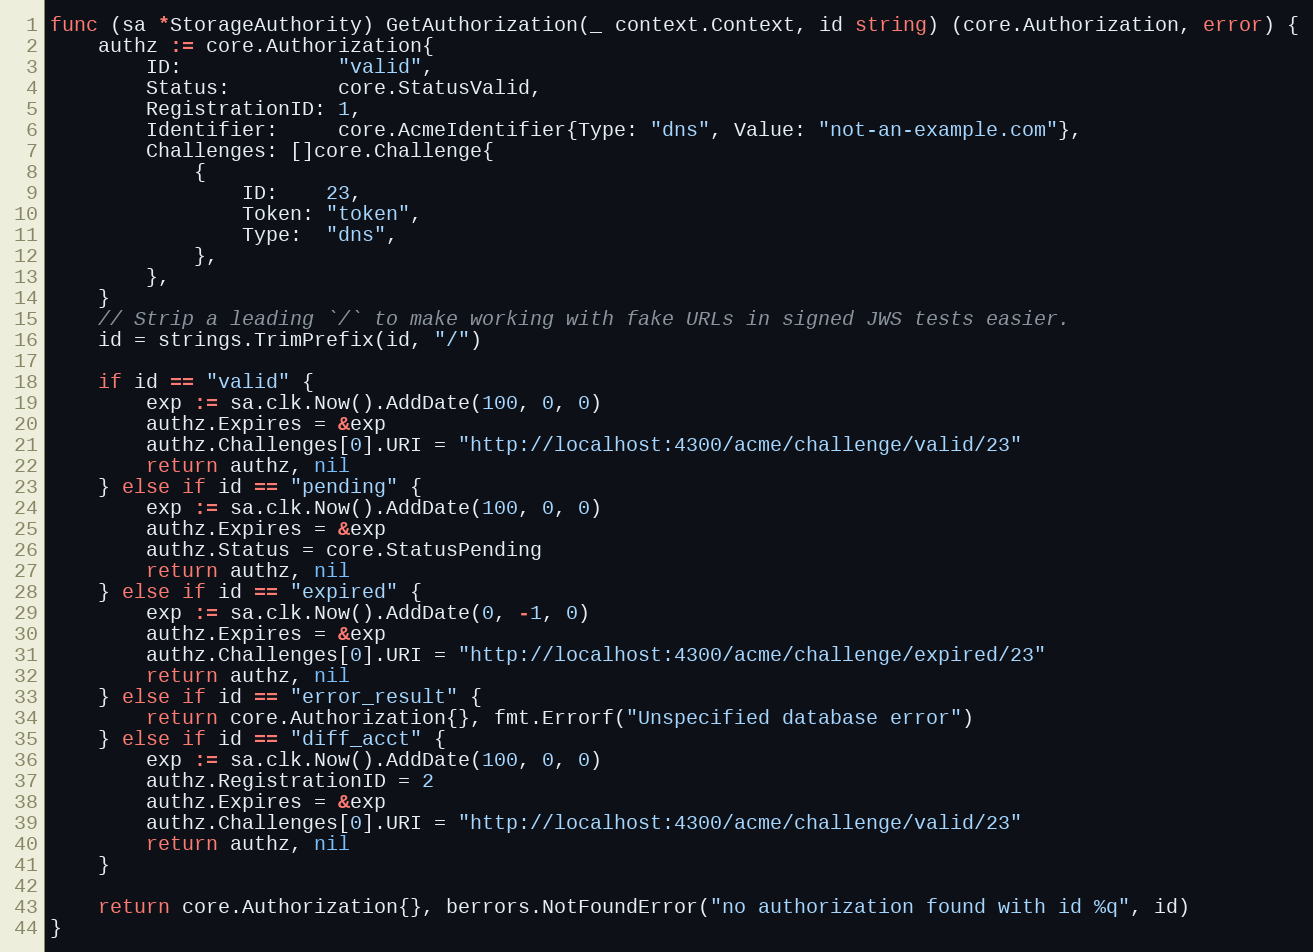
Language: Go
func (sa *StorageAuthority) GetAuthorization(_ context.Context, id string) (core.Authorization, error) {
	authz := core.Authorization{
		ID:             "valid",
		Status:         core.StatusValid,
		RegistrationID: 1,
		Identifier:     core.AcmeIdentifier{Type: "dns", Value: "not-an-example.com"},
		Challenges: []core.Challenge{
			{
				ID:    23,
				Token: "token",
				Type:  "dns",
			},
		},
	}
	// Strip a leading `/` to make working with fake URLs in signed JWS tests easier.
	id = strings.TrimPrefix(id, "/")

	if id == "valid" {
		exp := sa.clk.Now().AddDate(100, 0, 0)
		authz.Expires = &exp
		authz.Challenges[0].URI = "http://localhost:4300/acme/challenge/valid/23"
		return authz, nil
	} else if id == "pending" {
		exp := sa.clk.Now().AddDate(100, 0, 0)
		authz.Expires = &exp
		authz.Status = core.StatusPending
		return authz, nil
	} else if id == "expired" {
		exp := sa.clk.Now().AddDate(0, -1, 0)
		authz.Expires = &exp
		authz.Challenges[0].URI = "http://localhost:4300/acme/challenge/expired/23"
		return authz, nil
	} else if id == "error_result" {
		return core.Authorization{}, fmt.Errorf("Unspecified database error")
	} else if id == "diff_acct" {
		exp := sa.clk.Now().AddDate(100, 0, 0)
		authz.RegistrationID = 2
		authz.Expires = &exp
		authz.Challenges[0].URI = "http://localhost:4300/acme/challenge/valid/23"
		return authz, nil
	}

	return core.Authorization{}, berrors.NotFoundError("no authorization found with id %q", id)
}